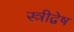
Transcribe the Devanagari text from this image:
स्त्रीद्वेष